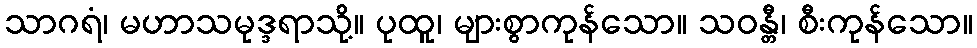
သာဂရံ၊ မဟာသမုဒ္ဒရာသို့။ ပုထူ၊ များစွာကုန်သော။ သဝန္တီ၊ စီးကုန်သော။